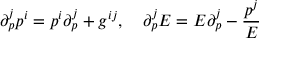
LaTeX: \partial _ { p } ^ { j } p ^ { i } = p ^ { i } \partial _ { p } ^ { j } + g ^ { i j } , \quad \partial _ { p } ^ { j } E = E \partial _ { p } ^ { j } - \frac { p ^ { j } } { E }